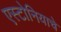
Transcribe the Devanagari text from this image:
एस्टोनियाचे